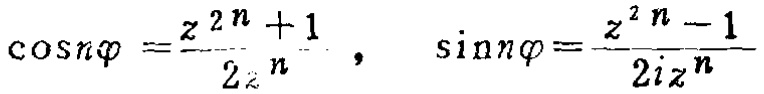
\(\cos n\varphi=\frac{z^{2n}+1}{2z^{n}},\quad \sin n\varphi=\frac{z^{2n}-1}{2iz^{n}}\)